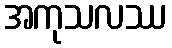
အကုသလဿ